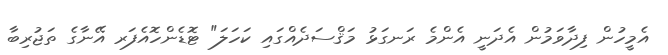
އެމީހުން ފިދާވަމުން އެދަނީ އެންމެ ރަނގަޅު މަޤްސަދެއްގައި ކަހަލަ" ޓޮޑެންހޮއެފަރ އޭނާގެ ތަޖުރިބާ